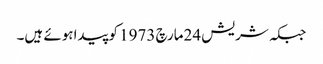
جبکہ شریش 24مارچ 1973 کوپیداہوئے ہیں۔